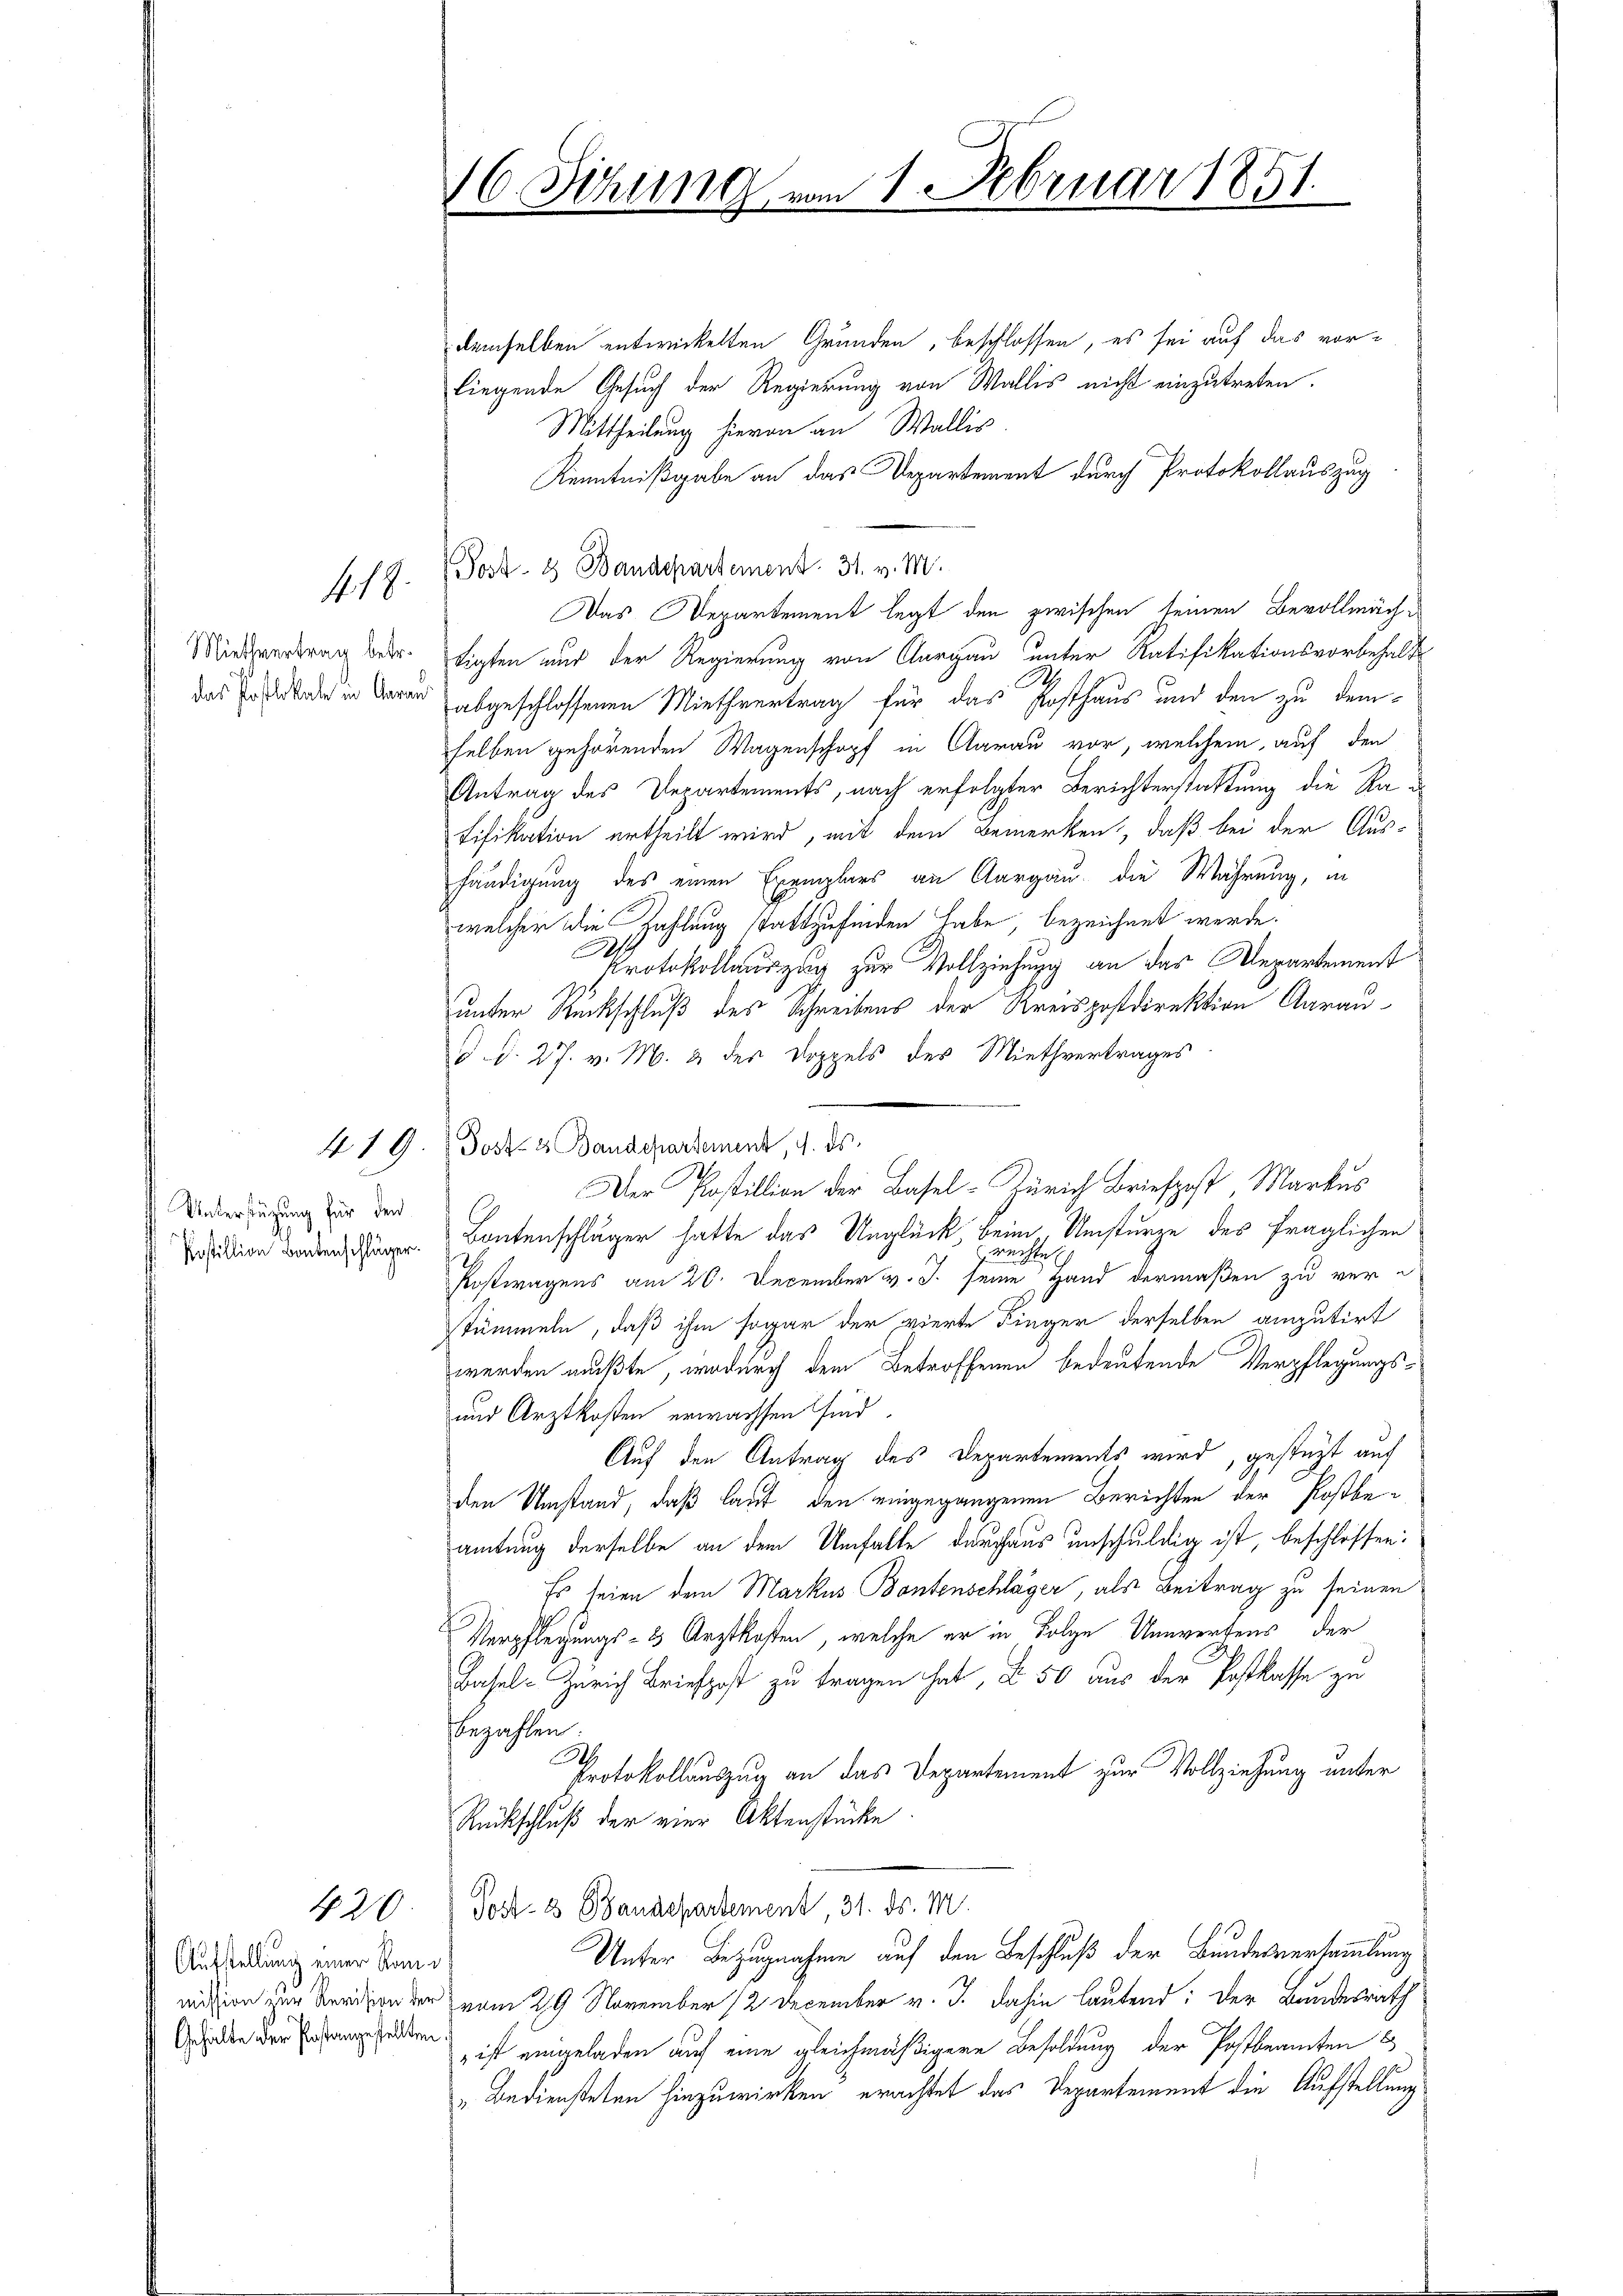
Miethvertrag betr.

f. 18.

Unterstüzung für den
Postillion Bodenschläger.

Aufstellung einer Kom¬
Gehalte der Postangestellten.

420

16. Sitzung vom 1. Februar 1851.
¬
d

demselben entwickelten Grunden, beschlossen, es sei auf das vorliegende Gesuch der Regierung von Wallis nicht einzutreten.
Mittheilung hievon an Wallis
Kenntnißgabe an das Departement durch Protokollauszug
Post- 8 Bandepartement. 31. v. M.
Das Departement legt den zwischen seinen Bevollmächtigten und der Regierung von Aargau unter Ratifikationsvorbehalt
das Erde in daran abgeschlossenen Miethvertrag für das Posthaus und den zu dem
selben gehörenden Wagenschopf in Aarau vor, welchem auf den
Antrag des Departements, nach erfolgter Berichterstattung die Rad
tifikation ertheilt wird, mit dem Bemerken, daß bei der Aus-
händigung des einen Exemplars an Aargau, die Wahrung, in
welcher die Zahlung stattzufinden habe, bezeichnet werde.
A
Protokollauszug zur Vollziehung an das Departement
unter Rückschluß des Schreibens der Kreispostdirektion Aarau
d. d. 27. v. M. 2 der Doppels des Miethvertrages
Der Postillion der Basel-Zürich Briefpost, Markus
Bontenschläger hatte das Unglück, beim Umsturze des fraglichen
chte
Postwagens am 20. December v. J. seine Hand dermaßen zu verstümmeln, daß ihm sogar der vierte Finger derselben amputirt
werden mußte, wodurch dem Betroffenen bedeutende Verpflegungs¬
und Arztkosten erwachsen sind.
Auf den Antrag des Departements wird, gestüzt auf
den Umstand, daß laut den eingegangenen Berichten der Postbeamtung derselbe an dem Umfalle durchaus unschuldig ist, beschlossen:
Es seien dem Markus Bantenschläger, als Beitrag zu seinen
Verpflegungs- & Arztkosten, welche er in Folge Unwertens der
Basel-Zürich Briefpost zu tragen hat, § 50 aus der Postkasse zu
bezahlen.
Protokollauszug an das Departement zur Vollziehung unter
Rückschluß der vier Aktenstücke.
Post- & Baudepartement, 31. ds. M.
Unter Bezugnahme auf den Beschluß der Bundesversammlung
mission der Verson der vom 29 November 12 December v. J. dahin lautend: Der Bundesrath
ist eingeladen auf eine gleichmäßigere Besoldung der Postbeamten E
" Bediensteten hinzuwirken erachtet das Departement die Aufstellung

419. Post- & Baudepartement, 9. ds.